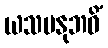
ယသမနုဘဝိံ